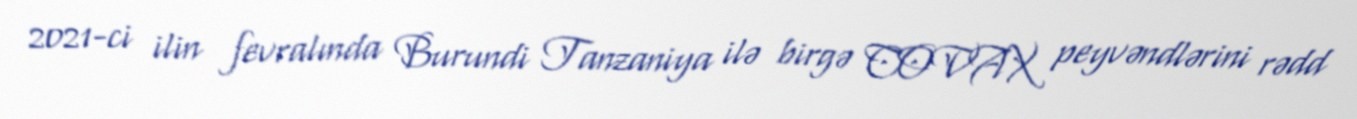
2021-ci ilin fevralında Burundi Tanzaniya ilə birgə COVAX peyvəndlərini rədd